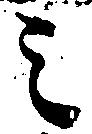
之